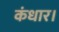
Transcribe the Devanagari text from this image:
कंधार।